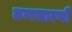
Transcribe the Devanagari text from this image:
लग्नसारणी